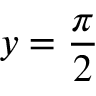
y = \frac \pi 2